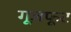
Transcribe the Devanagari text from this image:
गूज़फूट